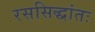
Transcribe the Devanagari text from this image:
रससिद्धांतः